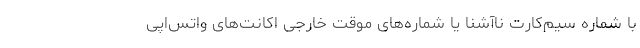
با شماره سیم‌کارت ناآشنا یا شماره‌های موقت خارجی اکانت‌های واتس‌اپی